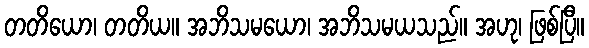
တတိယော၊ တတိယ။ အဘိသမယော၊ အဘိသမယသည်။ အဟု၊ ဖြစ်ပြီ။